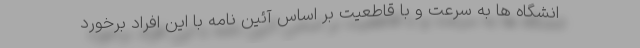
انشگاه ها به سرعت و با قاطعیت بر اساس آئین نامه با این افراد برخورد